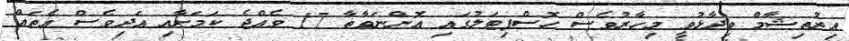
އިރުތިޝާމް ވިދާޅުވީ މިހާރުވެސް ހޮސްޕިޓަލުގައި އޮންނަވާތާ 17 ވެއްޖެ ކަމަށާއި އަދިވެސް އެތައް